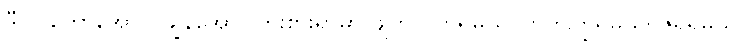
ဒီလို တော်အောင်၊ ချွန်အောင်ကြိုးစားရာမှာ ဖျတ်လတ်ရမယ်၊ တက်ကြွရမယ်၊ ဇွဲရှိရမယ်။